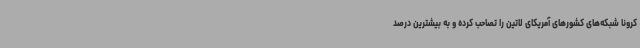
کرونا شبکه‌های کشورهای آمریکای لاتین را تصاحب کرده و به بیشترین درصد